Vaccine operations Central Provinces 1900-1911 - 1900-1911
Year: 1900
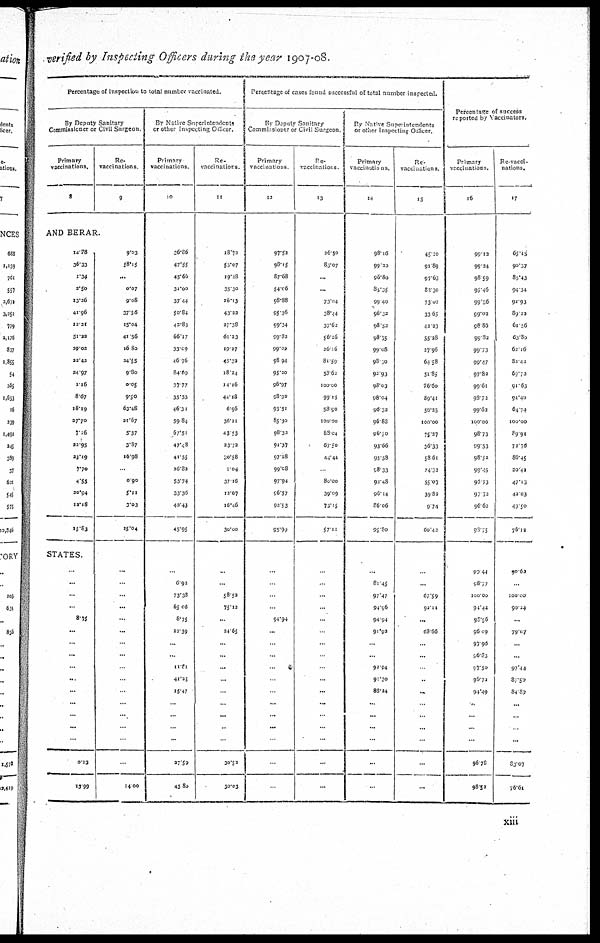
verified by Inspecting Officers during the year 1907-08.
Percentage of inspection to total number vaccinated.
By Deputy Sanitary
Commissioner or Civil Surgeon
Primary
vaccinations.
8
Re¬
vaccinations.
9
AND BERAR.
14.78
36.33
1.34
2.50
13.26
41.96
12.21
51.22
29.02
22.42
24.97
1.16
8.67
18.19
27.70
7.16
22.95
23.19
7.70
4.55
20.94
12.18
15.83
STATES
...
...
...
...
8.75
...
...
...
...
...
...
...
...
...
...
0.13
13.99
9.03
58.15
...
0.07
9.08
37.56
15.04
41.56
16.80
24.55
9.80
0.05
9.50
63.48
21.67
5.37
3.87
16.98
...
0.90
...
3.03
15.04
...
...
...
...
...
...
...
...
...
...
...
...
...
...
...
...
14.00
By Native Superintendents
or other Inspecting Officer.
Primary
vaccinations.
10
26.86
47.55
45.66
31.00
37.44
50.84
42.83
66.17
33.09
46.76
81.69
37.77
35.53
46.31
59.84
67.51
47.48
41.55
26.82
53.74
33.36
40. 43
45.95
...
6.92
73.38
65.06
8.75
22.69
...
...
11.81
41.25
15.47
...
...
...
...
27.59
43.88
Re¬
vaccinations
11
18.72
53.07
19.28
35.30
26.13
43.22
27.38
61.23
19.27
45.32
18.24
14.16
44.18
6.96
36.21
43.53
23.72
30.58
1.04
37.16
12.67
16.46
30.00
...
...
58.52
75.12
...
24.65
...
...
...
...
...
...
...
...
...
30.52
30.03
Percentage of cases found successful of total number inspected.
By Deputy Sanitary
Commissioner or Civil Surgeon
Primary
vaccinations.
12
97.52
98.15
87.68
54.06
98.88
95.36
99.34
99.82
99.02
98.94
95.20
96.97
98.92
95.51
85.30
98.32
91.37
97.28
99.08
97.94
96.57
93.83
95.99
...
...
...
...
94.94
...
...
...
...
...
...
...
...
...
...
...
...
Re¬
vaccinations.
13
26.50
83.07
...
...
73.04
28.44
37.62
56.26
26.06
81.59
58.62
100.00
99.15
58.90
100.00
88.04
67.50
44.44
80.00
39.09
71.15
57.11
...
...
...
...
...
...
...
...
...
...
...
...
...
...
...
...
...
By Native Superintendents
or other Inspecting Officer.
Primary
vaccinations.
14
98.16
99.20
96.80
85.35
99.40
96.22
98.52
98.75
99.08
98.10
92.93
98.03
98.04
96.32
96.88
96.50
93.66
95.58
98.33
92.48
96.14
86.06
95.80
...
81.45
97.47
94.96
94.94
91.92
...
...
92.94
91.30
88.24
...
...
...
...
...
...
Re¬
vaccinations .
15
45.20
91.89
97.63
81.30
73.02
33.65
42.23
55.28
27.96
61.58
51.85
76.60
89.41
56.25
100.00
75.27
36.33
58.61
24.32
55.07
39.82
9.74
60.42
...
...
67.59
92.11
...
68.66
...
...
...
...
...
...
...
...
...
...
...
Percentage of success
reported by Vaccinators.
Primary
vaccinations.
16
99.12
99.24
98.59
95.46
99.56
99.02
98.86
99.82
99.73
99.47
97.82
99.61
98.72
99.62
100.00
98.73
99.53
98.52
99.45
96.73
97.72
96.62
98.75
99.44
98.77
100.00
94.44
98.56
96.09
97.96
96.83
97.50
96.72
94.49
...
...
...
...
96.78
98.52
Re-vacci¬
nations.
17
65.15
90.37
85.43
94.34
92.93
89.22
61.56
63.80
62.16
82.42
69.72
91.63
94.40
64.74
100.00
89.91
72.76
86.45
20.42
47.13
42.03
49.50
76.12
90.62
...
100.00
90.24
...
79.07
...
...
97.44
87.50
84.80
...
...
...
...
83.07
76.61
xiii